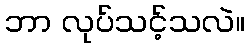
ဘာ လုပ်သင့်သလဲ။